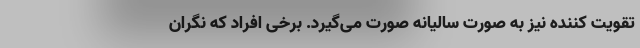
تقویت کننده نیز به صورت سالیانه صورت می‌گیرد. برخی افراد که نگران